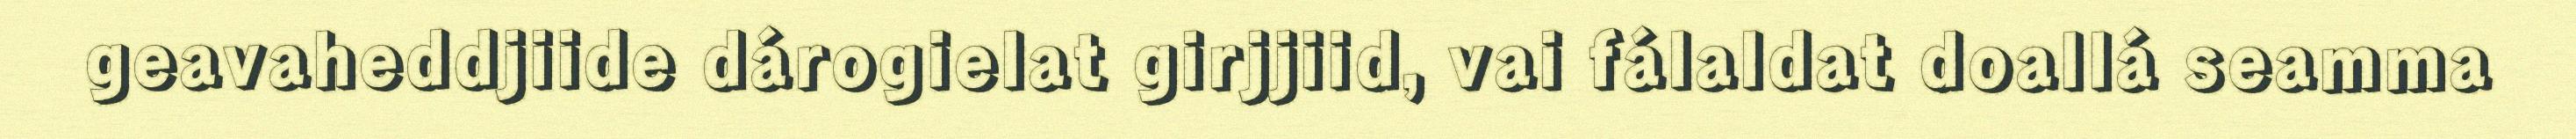
geavaheddjiide dárogielat girjjiid, vai fálaldat doallá seamma